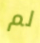
لم